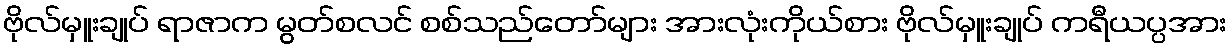
ဗိုလ်မှူးချုပ် ရာဇာက မွတ်စလင် စစ်သည်တော်များ အားလုံးကိုယ်စား ဗိုလ်မှူးချုပ် ကရီယပ္ပအား